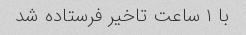
با ۱ ساعت تاخیر فرستاده شد